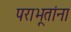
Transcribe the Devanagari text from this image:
पराभूतांना